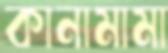
কানামামা